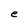
Character: e